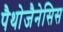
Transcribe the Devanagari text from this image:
पैथोजैनेसिस